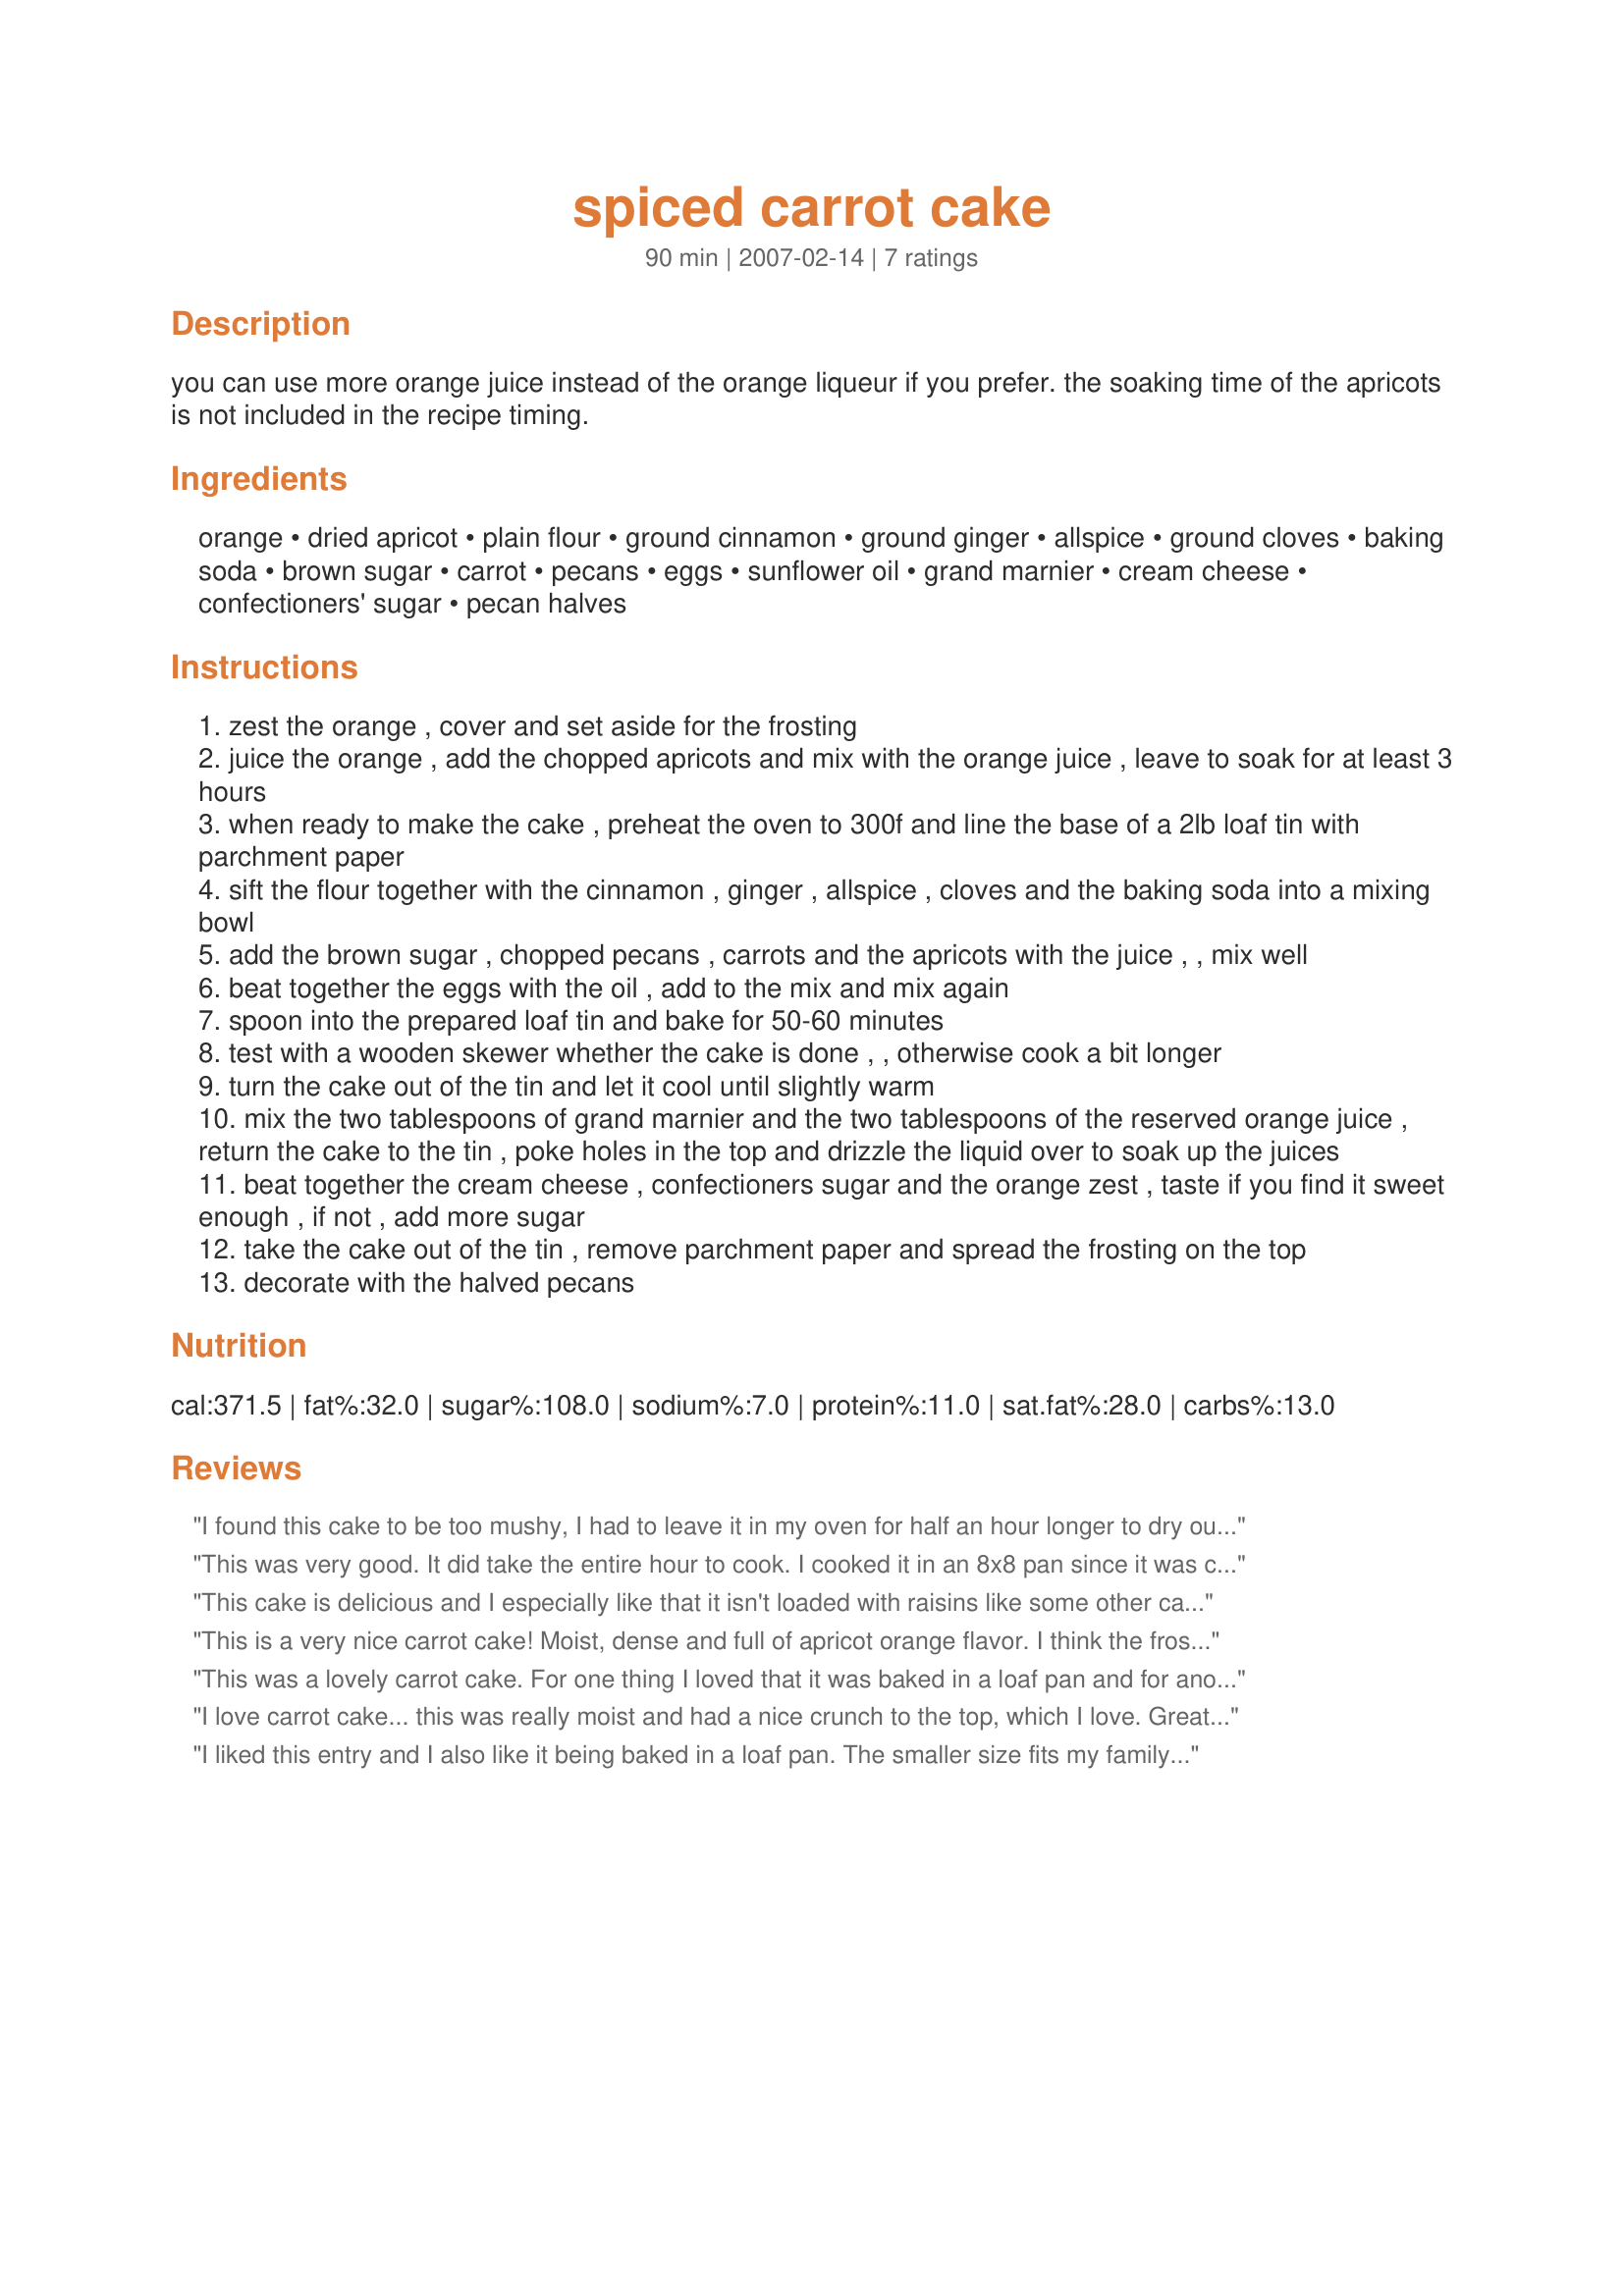
spiced carrot cake
Preparation time: 90 minutes

you can use more orange juice instead of the orange liqueur if you prefer. the soaking time of the apricots is not included in the recipe timing.

Ingredients:
orange, dried apricot, plain flour, ground cinnamon, ground ginger, allspice, ground cloves, baking soda, brown sugar, carrot, pecans, eggs, sunflower oil, grand marnier, cream cheese, confectioners' sugar, pecan halves

Steps:
zest the orange , cover and set aside for the frosting
juice the orange , add the chopped apricots and mix with the orange juice , leave to soak for at least 3 hours
when ready to make the cake , preheat the oven to 300f and line the base of a 2lb loaf tin with parchment paper
sift the flour together with the cinnamon , ginger , allspice , cloves and the baking soda into a mixing bowl
add the brown sugar , chopped pecans , carrots and the apricots with the juice , , mix well
beat together the eggs with the oil , add to the mix and mix again
spoon into the prepared loaf tin and bake for 50-60 minutes
test with a wooden skewer whether the cake is done , , otherwise cook a bit longer
turn the cake out of the tin and let it cool until slightly warm
mix the two tablespoons of grand marnier and the two tablespoons of the reserved orange juice , return the cake to the tin , poke holes in the top and drizzle the liquid over to soak up the juices
beat together the cream cheese , confectioners sugar and the orange zest , taste if you find it sweet enough , if not , add more sugar
take the cake out of the tin , remove parchment paper and spread the frosting on the top
decorate with the halved pecans

Reviews:
I found this cake to be too mushy, I had to leave it in my oven for half an hour longer to dry out. Not enough spices to call it &quot;spiced&quot; and the apricots were bitter (not a fan of apricots).&lt;br/&gt;Even my sister was disappointed in this carrot cake.
This was very good. It did take the entire hour to cook. I cooked it in an 8x8 pan since it was called a cake and I was unsure what a 2lb. pan was. It is a very moist cake, but has a lot of crunch to it.
This cake is delicious and I especially like that it isn't loaded with raisins like some other carrot cake recipes. The apricots really add to it. Soaking the cake with liqueur after baking really adds to it, too. Two thumbs up!
This is a very nice carrot cake! Moist, dense and full of apricot orange flavor. I think the frosting could be improved. I had to add twice the sugar and it still is very plain. This is one of those cakes that is much better the next day. I baked mine in a regular loaf pan as I wasn't sure what a 2lb loaf pan was. It baked for 70 minutes. I had no trouble getting it out of the pan. I speeded the apricot soak process by microwaving it for 2 minutes. I used Cointreau instead of Grand Marnier because it was what I had. With a better frosting this cake could be outstanding!
This was a lovely carrot cake. For one thing I loved that it was baked in a loaf pan and for another I loved it's moist texture. This is a real winner in my books!
I love carrot cake... this was really moist and had a nice crunch to the top, which I love. Great use of the ingredients, 5 stars! Good Luck. ~V
I liked this entry and I also like it being baked in a loaf pan. The smaller size fits my family better. I found this recipe closer to my idea of a carrot cake and loved the inclusion of the apricots. Good luck in the contest!
